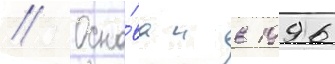
// Осно́ван в 1996